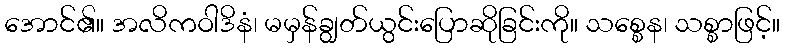
အောင်၏။ အလိကဝါဒိနံ၊ မမှန်ချွတ်ယွင်းပြောဆိုခြင်းကို။ သစ္စေန၊ သစ္စာဖြင့်။